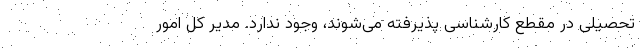
تحصیلی در مقطع کارشناسی پذیرفته می‌شوند، وجود ندارد. مدیر کل امور